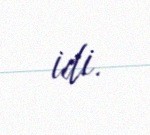
idi.